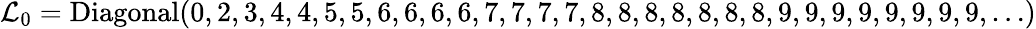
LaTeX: \mathcal{L}_{0}=\mathrm{{Diagonal}}(0,2,3,4,4,5,5,6,6,6,6,7,7,7,7,8,8,8,8,8,8,8,9,9,9,9,9,9,9,9,\ldots)